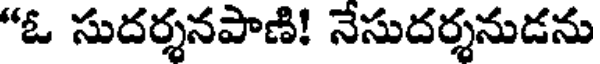
"ఓ సుదర్శనపాణి! నేసుదర్శనుడను